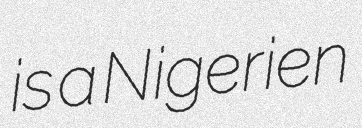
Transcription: is a Nigerien